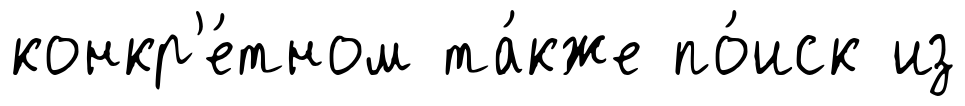
конкр'е́тном та́кже по́иск из